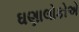
ઘણાલોકોએ